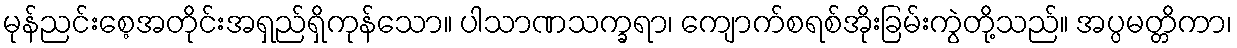
မုန်ညင်းစေ့အတိုင်းအရှည်ရှိကုန်သော။ ပါသာဏသက္ခရာ၊ ကျောက်စရစ်အိုးခြမ်းကွဲတို့သည်။ အပ္ပမတ္တိကာ၊